Civil Veterinary Department Bengal reports 1933-51 - 1933-1951
Year: 1933
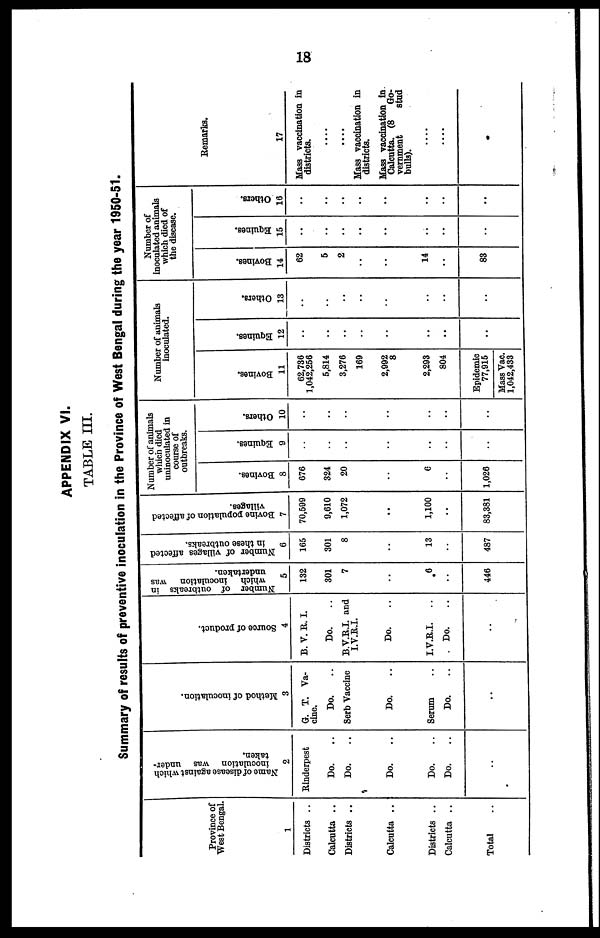
18
APPENDIX VI.
TABLE III.
Summary of results of preventive inoculation in the Province of West Bengal during the year 1950-51.
Province of
West Bengal.
1
Districts ..
Calcutta ..
Districts ..
Calcutta ..
Districts ..
Calcutta ..
Total ..
Name of disease against which
inoculation was under-
taken.
2
Rinderpest
Do. ..
Do. ..
Do. ..
Do. ..
Do. ..
..
Method of inoculation.
3
G. T. Va-
cine.
Do. ..
Serb Vaccine
Do. ..
Serum ..
Do. ..
..
Source of product.
4
B. V. It. I.
Do. ..
B.V.R.I. and
I.V.R.I.
Do. ..
I.V.R.I.
..
Do. ..
..
Number of outbreaks in
which inoculation was
undertaken.
5
132
301
7
..
6
..
446
Number of villages affected
in these outbreaks.
6
165
301
8
..
13
..
487
Bovine population of affected
villages.
7
70,699
9,610
1,072
..
1,100
..
83,381
Number of animals
which died
uninoculated in
course of
outbreaks.
Bovines.
8
676
324
20
..
6
..
1,026
Equines.
9
..
..
..
..
..
..
..
Others.
10
..
..
..
..
..
..
..
Number of animals
inoculated.
Bovines.
11
62,736
1,042,256
5,814
3,276
169
2,992
8
2,293
804
Epidemic
77,915
Mass Vac.
1,042,438
Equines.
12
..
..
..
..
..
..
..
Others.
13
..
..
..
..
..
..
..
Number of
inoculated animals
which died of
the disease.
Bovines.
14
62
5
2
..
14
..
83
Equines.
15
..
..
..
..
..
..
..
Others.
16
..
..
..
..
..
..
..
Remarks.
17
Mass vaccination in
districts.
....
....
Haas vaccination in
districts.
Mass vaccination in
Calcutta. (8 Go-
vernment
stud
bulls).
....
....